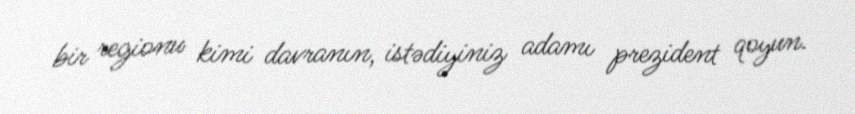
bir regionu kimi davranın, istədiyiniz adamı prezident qoyun.